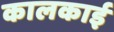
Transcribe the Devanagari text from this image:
कालकाई